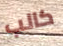
كالب